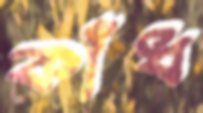
কাঁধ